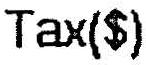
TAX($)